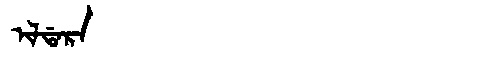
Manchu: ᡳᠯᡩᠠᡵᠠ
Romanization: ILDARA